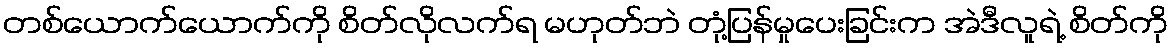
တစ်ယောက်ယောက်ကို စိတ်လိုလက်ရ မဟုတ်ဘဲ တုံ့ပြန်မှုပေးခြင်းက အဲဒီလူရဲ့ စိတ်ကို